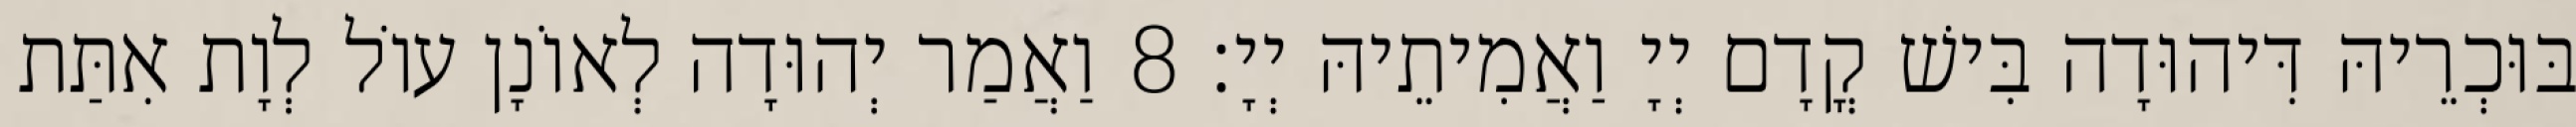
בּוּכְרֵיהּ דִּיהוּדָה בִּישׁ קֳדָם יְיָ וַאֲמִיתֵיהּ יְיָ׃ 8 וַאֲמַר יְהוּדָה לְאוֹנָן עוֹל לְוָת אִתַּת